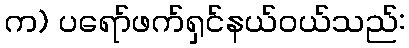
က) ပရော်ဖက်ရှင်နယ်ဝယ်သည်: